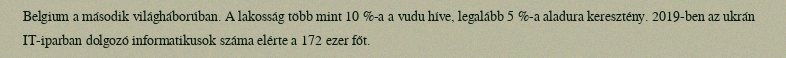
Belgium a második világháborúban. A lakosság több mint 10 %-a a vudu híve, legalább 5 %-a aladura keresztény. 2019-ben az ukrán IT-iparban dolgozó informatikusok száma elérte a 172 ezer főt.